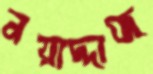
নয়াদ্দাজ